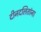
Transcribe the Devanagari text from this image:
दीनदलितांना